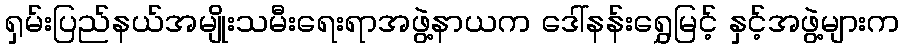
ရှမ်းပြည်နယ်အမျိုးသမီးရေးရာအဖွဲ့နာယက ဒေါ်နန်းရွှေမြင့် နှင့်အဖွဲ့များက